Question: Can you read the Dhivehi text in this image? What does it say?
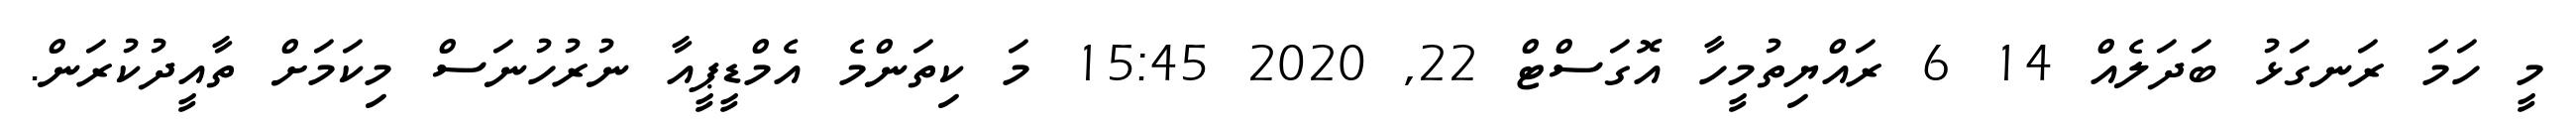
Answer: މީ ހަމަ ރަނގަޅު ބަދަލެއް 14 6 ރައްޔިތުމީހާ އޮގަސްޓް 22, 2020 15:45 މަ ކިތަންމެ އެމްޑީޕީއާ ނުރުހުނަސް މިކަމަށް ތާއީދުކުރަން.